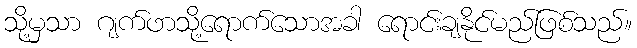
သို့မှသာ ဂျက်ဖာသို့ရောက်သောအခါ ရောင်းချနိုင်မည်ဖြစ်သည်။